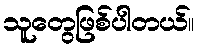
သူတွေဖြစ်ပါတယ်။